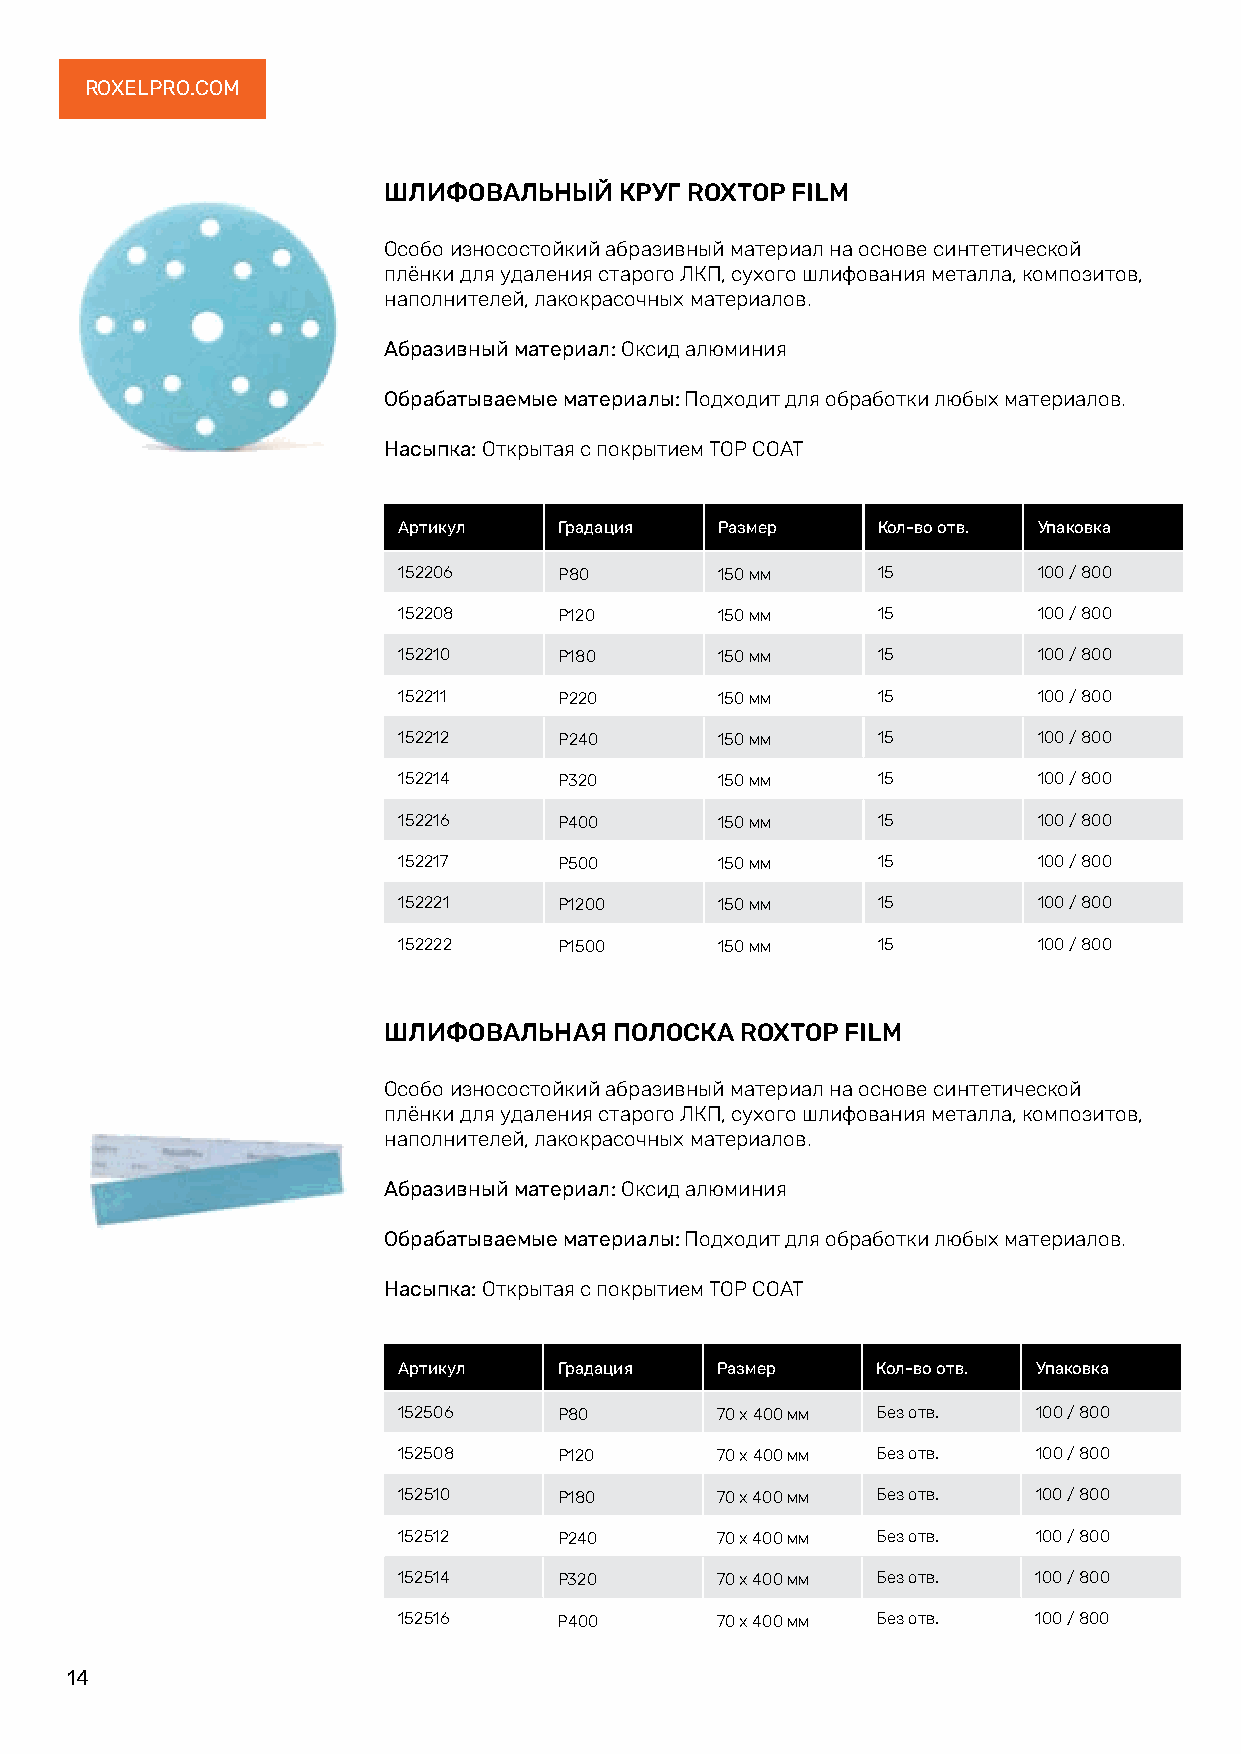
ROXELPRO.COM
 ШЛИФОВАЛЬНЫЙ    КРУГ ROXTOP FILM
 Особо износостойкий абразивный материал на основе синтетической
 плёнки для удаления старого ЛКП, сухого шлифования металла, композитов,
 наполнителей, лакокрасочных материалов.
 Абразивный материал: Оксид алюминия
 Обрабатываемые материалы: Подходит для обработки любых материалов.
 Насыпка: Открытая с покрытием TOP COAT
 Артикул    Градация   Размер    Кол-во отв. Упаковка
 152206     P80        150 мм    15         100 / 800
 152208     P120       150 мм    15         100 / 800
 152210     P180       150 мм    15         100 / 800
 152211     P220       150 мм    15         100 / 800
 152212     P240       150 мм    15         100 / 800
 152214     P320       150 мм    15         100 / 800
 152216     P400       150 мм    15         100 / 800
 152217     P500       150 мм    15         100 / 800
 152221     P1200      150 мм    15         100 / 800
 152222     P1500      150 мм    15         100 / 800
 ШЛИФОВАЛЬНАЯ    ПОЛОСКА ROXTOP FILM
 Особо износостойкий абразивный материал на основе синтетической
 плёнки для удаления старого ЛКП, сухого шлифования металла, композитов,
 наполнителей, лакокрасочных материалов.
 Абразивный материал: Оксид алюминия
 Обрабатываемые материалы: Подходит для обработки любых материалов.
 Насыпка: Открытая с покрытием TOP COAT
 Артикул    Градация  Размер     Кол-во отв. Упаковка
 152506     P80       70 х 400 мм Без отв.  100 / 800
 152508     P120      70 х 400 мм Без отв.  100 / 800
 152510     P180      70 х 400 мм Без отв.  100 / 800
 152512     P240      70 х 400 мм Без отв.  100 / 800
 152514     P320      70 х 400 мм Без отв.  100 / 800
 152516     P400      70 х 400 мм Без отв.  100 / 800
 14